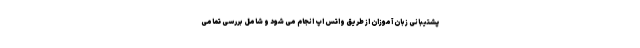
پشتیبانی زبان آموزان از طریق واتس اپ انجام می شود و شامل بررسی تمامی